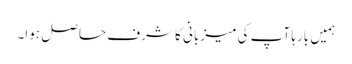
ہمیں بارہا آپ کی میزبانی کا شرف حاصل ہوا۔